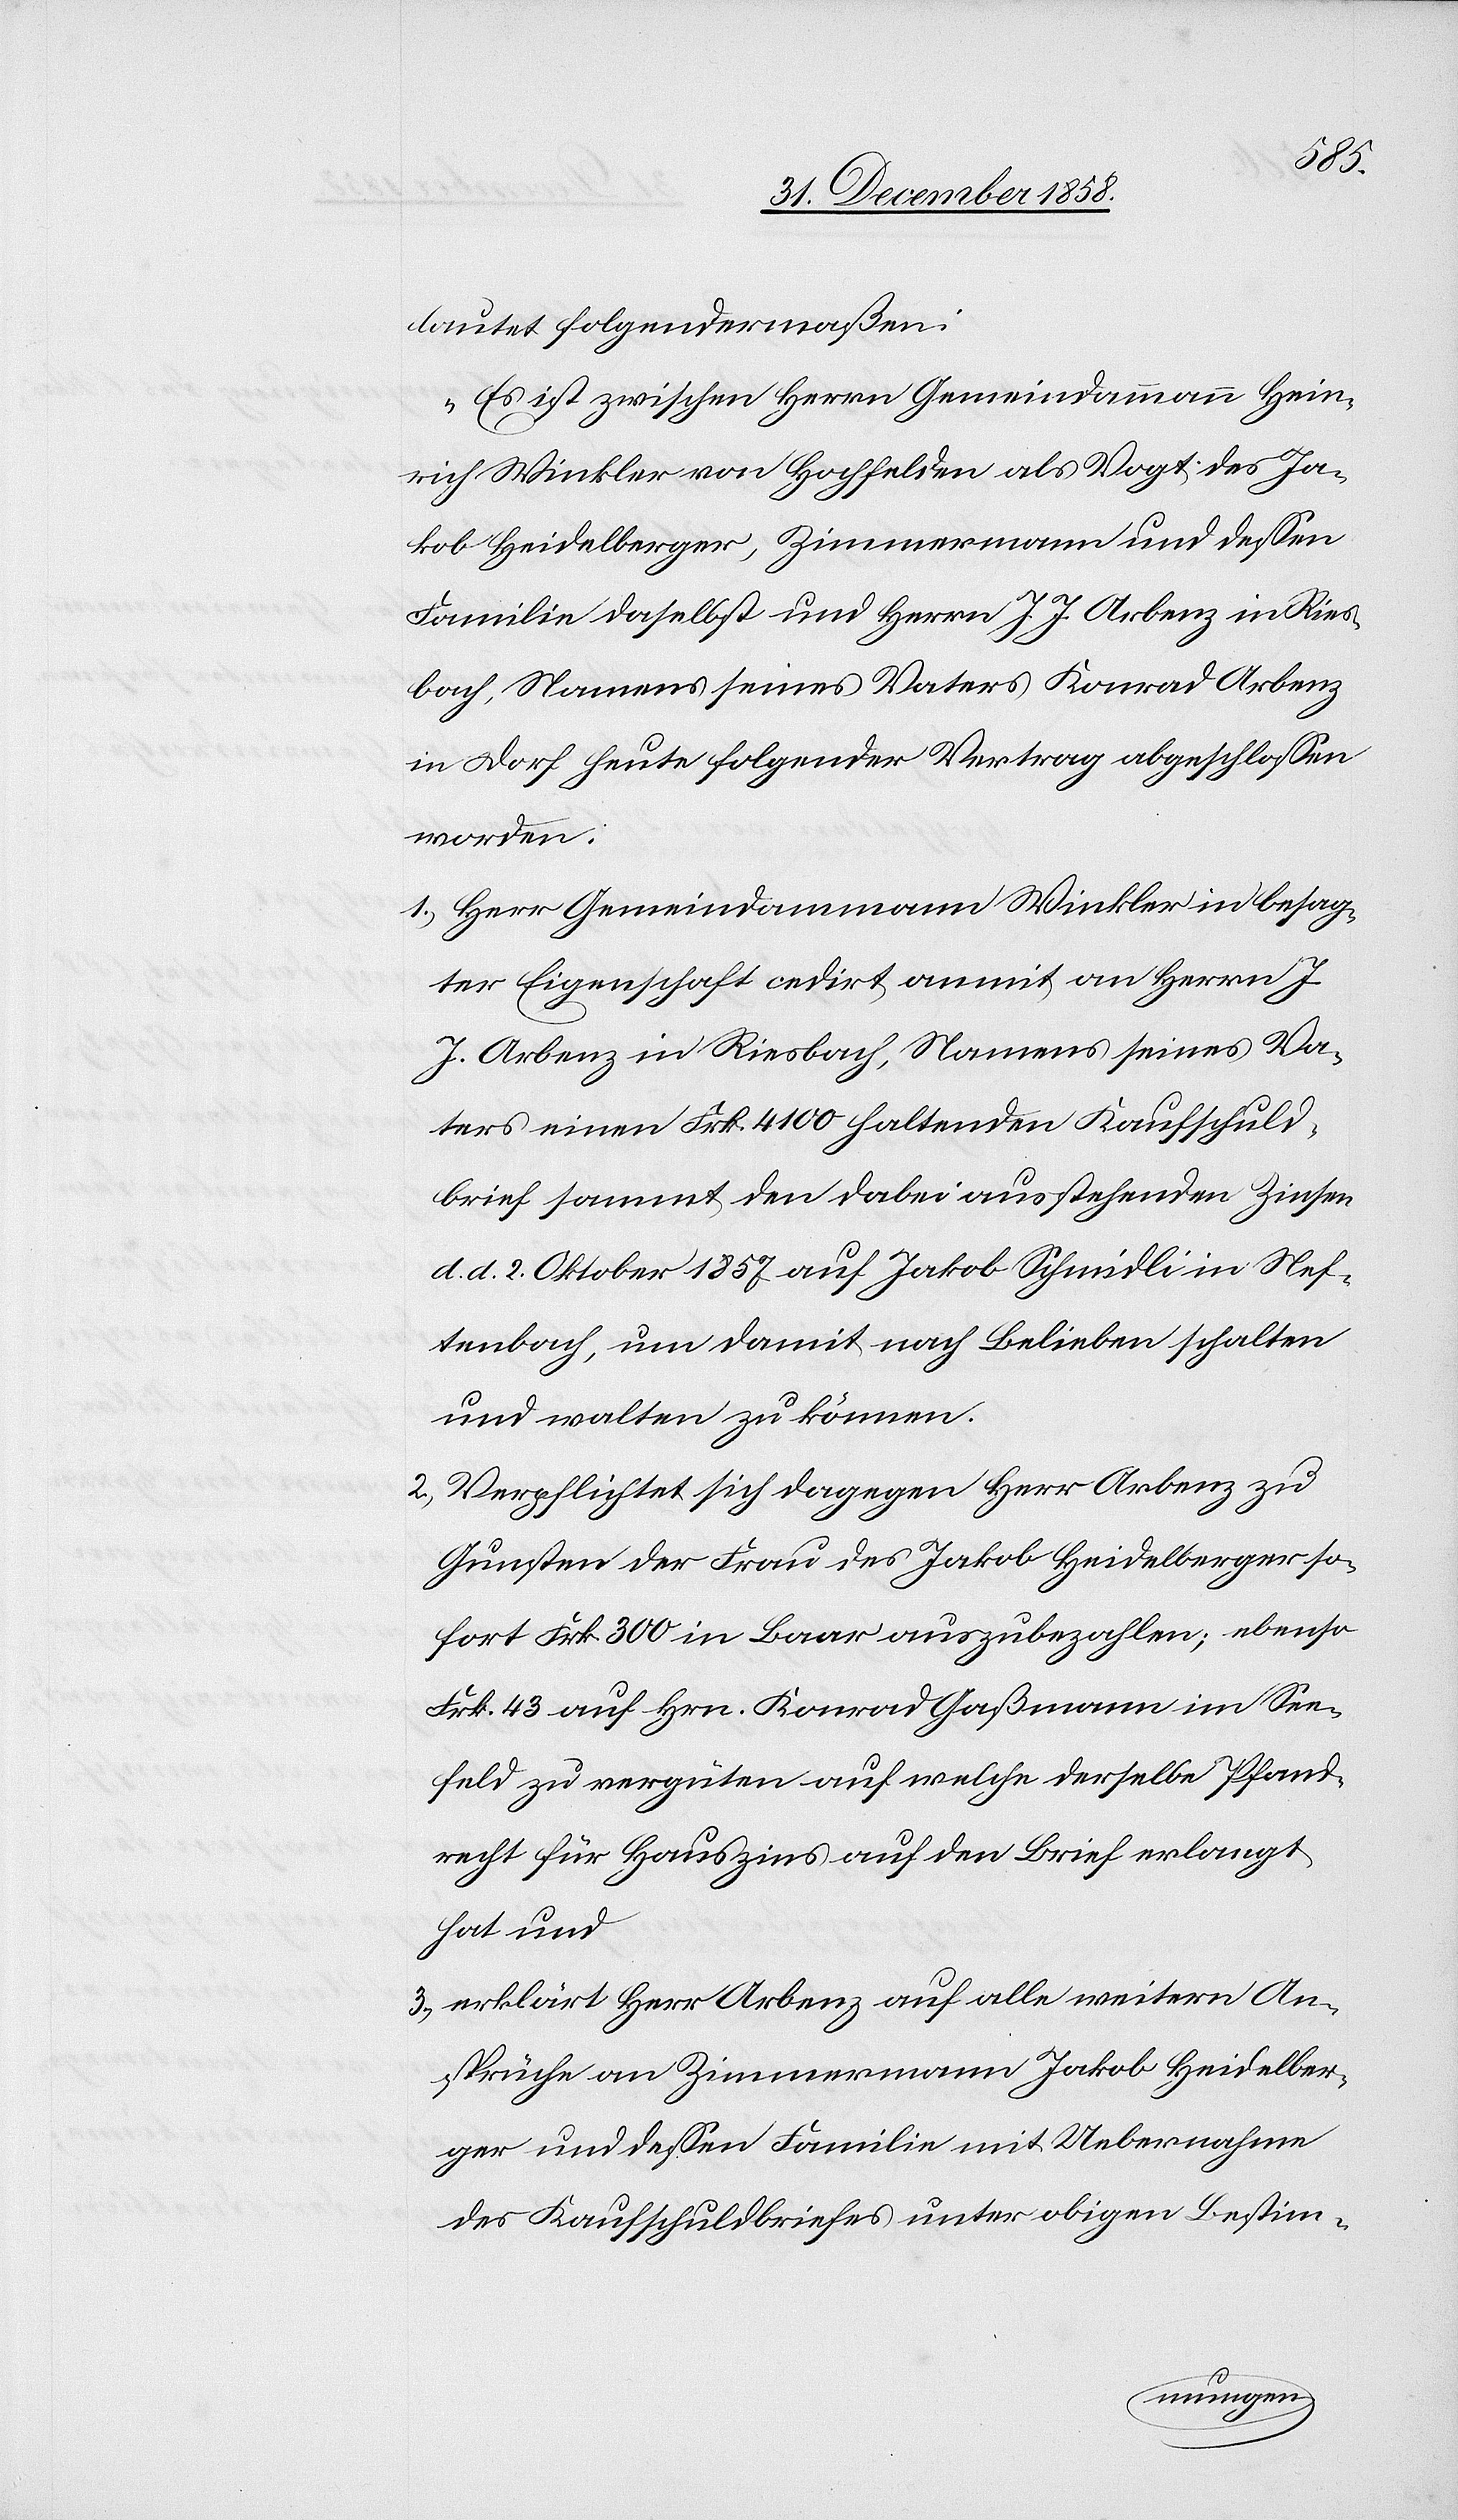
lautet folgendermaßen:
„Es ist zwischen Herrn Gemeindammann Hein¬
rich Winkler von Hochfelden als Vogt des Ja¬
kob Heidelberger, Zimmermann und dessen
Familie daselbst und Herrn J. J. Arbenz in Ries¬
bach, Namens seines Vaters Konrad Arbenz
in Dorf heute folgender Vertrag abgeschlossen
worden:
Herr Gemeindammann Winkler in besag¬
ter Eigenschaft cedirt anmit an Herrn J.
J. Arbenz in Riesbach, Namens seines Va¬
ters einen Frk. 4100 haltenden Kaufschuld¬
brief sammt den dabei ausstehenden Zinsen
d. d. 2. Oktober 1857 auf Jakob Schmidli in Nef¬
tenbach, um damit nach Belieben schalten
und walten zu können.
Verpflichtet sich dagegen Herr Arbenz zu
Gunsten der Frau des Jakob Heidelberger so¬
fort Frk. 300 in Baar auszubezahlen; ebenso
Frk. 43 auf Hrn. Konrad Gaßmann im See¬
feld zu vergüten auf welche derselbe Pfand¬
recht für Hauszins auf den Brief erlangt
hat und
erklärt Herr Arbenz auf alle weitern An¬
sprüche an Zimmermann Jakob Heidelber¬
ger und dessen Familie mit Uebernahme
des Kaufschuldbriefes unter obigen Bestim-